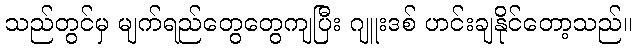
သည်တွင်မှ မျက်ရည်တွေတွေကျပြီး ဂျူးဒစ် ဟင်းချနိုင်တော့သည်။